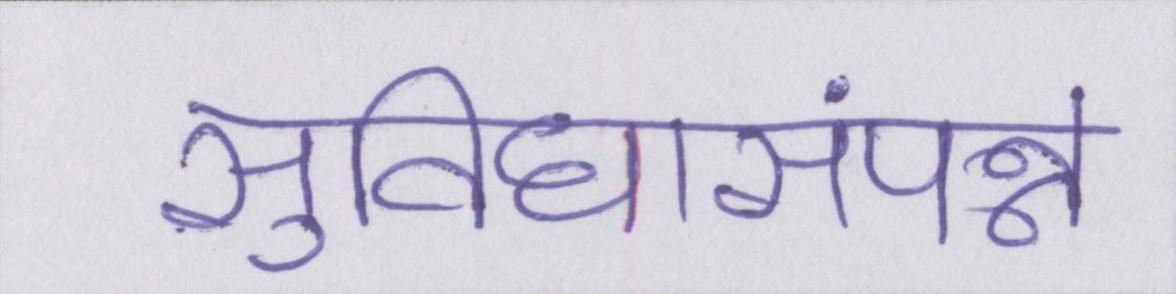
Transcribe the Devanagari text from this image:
सुविधासंपन्न